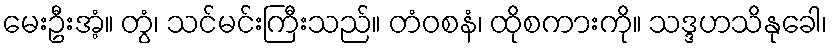
မေးဦးအံ့။ တွံ၊ သင်မင်းကြီးသည်။ တံဝစနံ၊ ထိုစကားကို။ သဒ္ဒဟသိနုခေါ၊